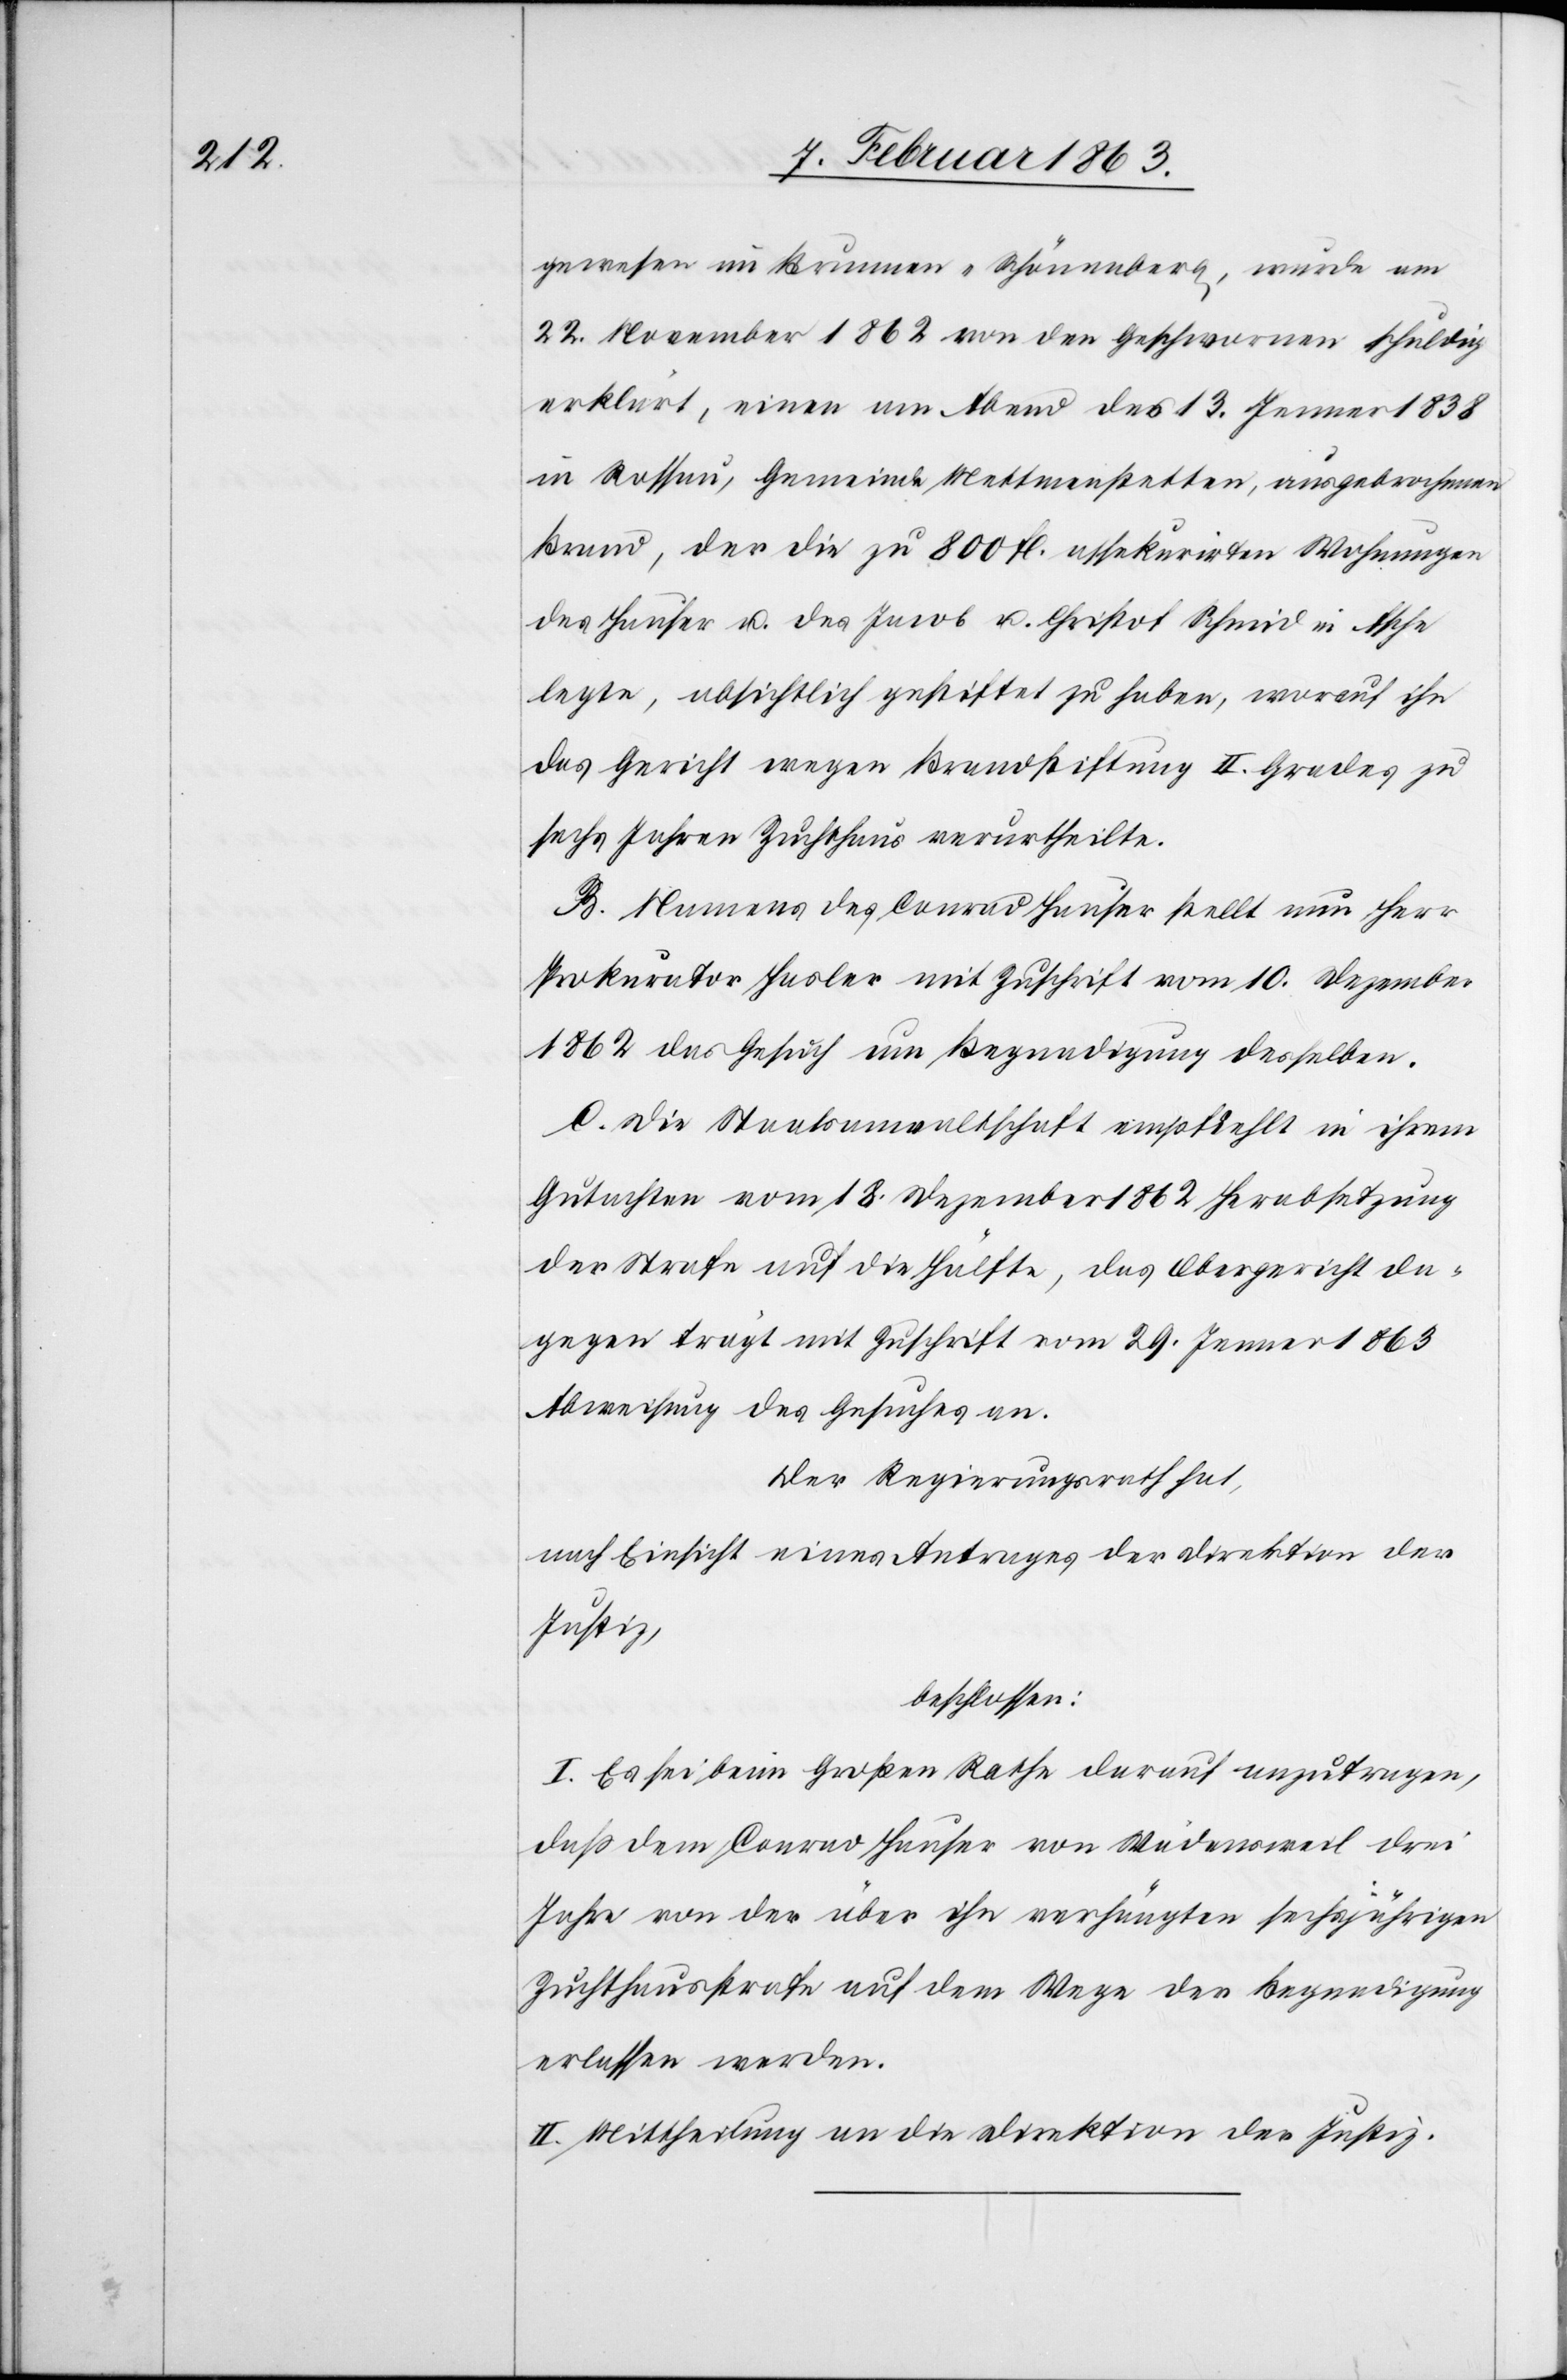
gewesen im Brunnen-Schönenberg, wurde am
22. November 1862 von den Geschwornen schuldig
erklärt, einen am Abend des 13 Jenner 1838
in Rossau, Gemeinde Mettmenstetten, ausgebrochenen
Brand, der die zu 800 fl. assekurirten Wohnungen
des Hauser u. des Jacob u. Christof Schmid in Asche
legte, absichtlich gestiftet zu haben, worauf ihn
das Gericht wegen Brandstiftung II. Grades zu
sechs Jahren Zuchthaus verurtheilte.
B. Namens des Conrad Hauser stellt nun Herr
Prokurator Hasler mit Zuschrift vom 10. Dezember
1862 das Gesuch um Begnadigung desselben.
C. Die Staatsanwaltschaft empfiehlt in ihrem
Gutachten vom 18. Dezember 1862 Herabsetzung
der Strafe auf die Hälfte, das Obergericht da¬
gegen trägt mit Zuschrift vom 29. Jenner 1863
Abweisung des Gesuches an.
Der Regierungsrath hat,
nach Einsicht eines Antrages der Direktion der
Justiz,
beschlossen:
I. Es sei beim Großen Rathe darauf anzutragen,
daß dem Conrad Hauser von Wädensweil drei
Jahre von der über ihn verhängten sechsjährigen
Zuchthausstrafe auf dem Wege der Begnadigung
erlassen werden.
II. Mittheilung an die Direktion der Justiz.